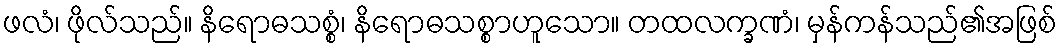
ဖလံ၊ ဖိုလ်သည်။ နိရောဓသစ္စံ၊ နိရောဓသစ္စာဟူသော။ တထလက္ခဏံ၊ မှန်ကန်သည်၏အဖြစ်